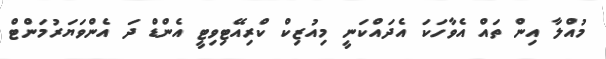
މުއްލާ އިން ތައް އެވާހަކަ އެދައްކަނީ މިއުޒިކް ކްރިއޭޓިވިޓީ އެންޑް ދަ އެންވަޔަރުމަންޓް